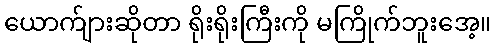
ယောက်ျားဆိုတာ ရိုးရိုးကြီးကို မကြိုက်ဘူးအေ့။